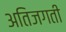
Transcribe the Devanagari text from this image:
अतिजगती